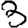
Digit: 3